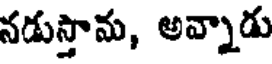
నడుస్తాను, అవ్నాడు